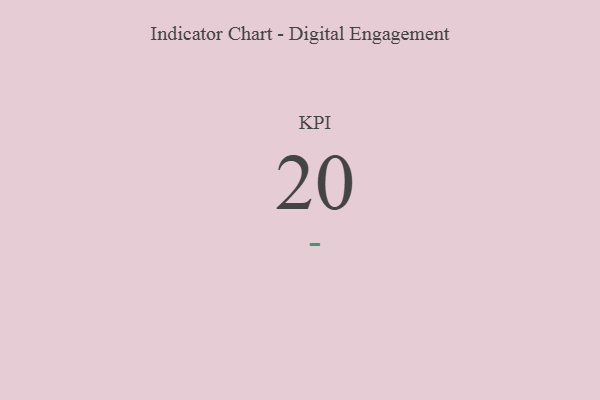
{"axis": {"x": "KPI", "y": "Value"}, "legend": [""], "data": [{"x": "KPI", "y": 20, "type": ""}]}